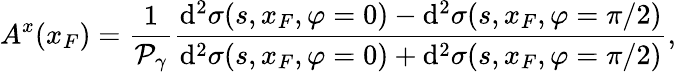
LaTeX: A^{x}(x_{F})=\frac{1}{{\cal P}_{\gamma}}\frac{\mathrm{d}^{2}\sigma(s,x_{F},\varphi=0)-\mathrm{d}^{2}\sigma(s,x_{F},\varphi=\pi/2)}{\mathrm{d}^{2}\sigma(s,x_{F},\varphi=0)+\mathrm{d}^{2}\sigma(s,x_{F},\varphi=\pi/2)},